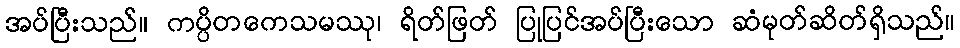
အပ်ပြီးသည်။ ကပ္ပိတကေသမဿု၊ ရိတ်ဖြတ် ပြုပြင်အပ်ပြီးသော ဆံမုတ်ဆိတ်ရှိသည်။